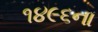
૧૪૯૬ના